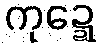
ကုဍ္ဍေ